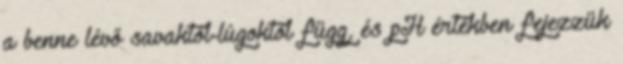
a benne lévő savaktól-lúgoktól függ, és pH értékben fejezzük